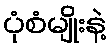
ပုံစံမျိုးနဲ့